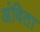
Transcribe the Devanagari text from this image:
अंविता